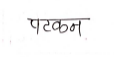
मजकूर: पटकन